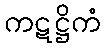
ကဋဋ္ဌိကံ